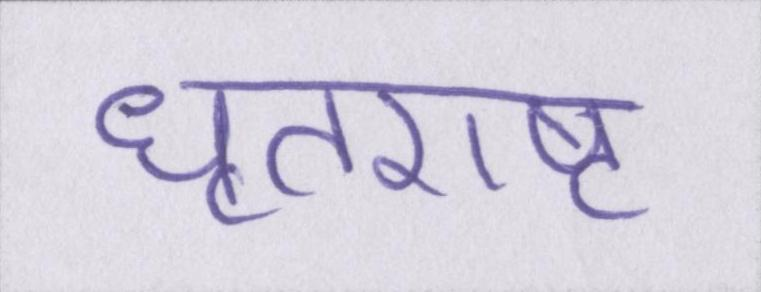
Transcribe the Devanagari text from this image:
धृतराष्ट्र